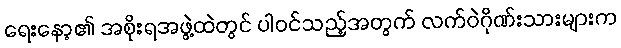
ရေးနော့၏ အစိုးရအဖွဲ့ထဲတွင် ပါဝင်သည့်အတွက် လက်ဝဲဂိုဏ်းသားများက